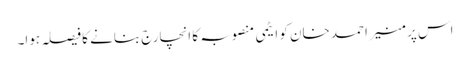
اس پر منیر احمد خان کو ایٹمی منصوبہ کا انچارج بنانے کا فیصلہ ہوا۔